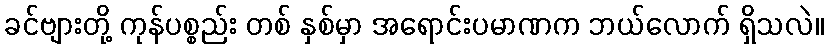
ခင်ဗျားတို့ ကုန်ပစ္စည်း တစ် နှစ်မှာ အရောင်းပမာဏက ဘယ်လောက် ရှိသလဲ။